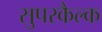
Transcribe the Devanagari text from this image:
सुपरकैल्क